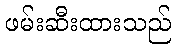
ဖမ်းဆီးထားသည်